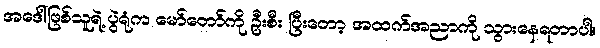
အဒေါ်ဖြစ်သူရဲ့ ပွဲရုံက မော်တော်ကို ဦးစီး ပြီးတော့ အထက်အညာကို သွားနေရတာပါ။